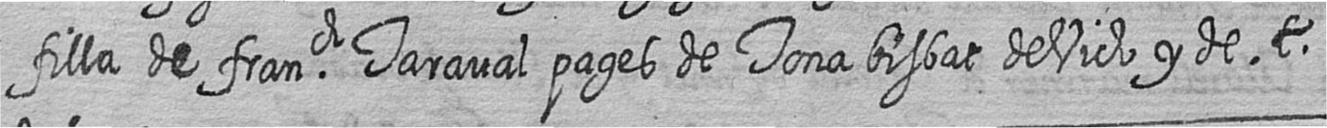
filla de franch Taraval pages de Tona bisbat de Vich y de t